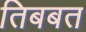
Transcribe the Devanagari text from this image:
तिबबत